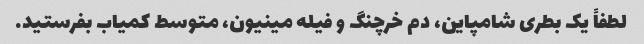
لطفاً یک بطری شامپاین، دم خرچنگ و فیله مینیون، متوسط ​​کمیاب بفرستید.